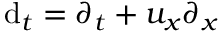
\mathrm { d } _ { t } = \partial _ { t } + u _ { x } \partial _ { x }